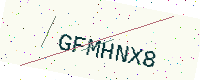
Text: GFMHNX8